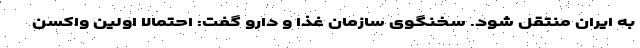
به ایران منتقل شود. سخنگوی سازمان غذا و دارو گفت: احتمالا اولین واکسن